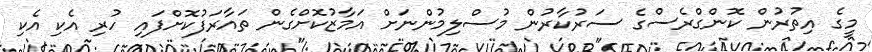
މީގެ އިތުރުން ކޮންގްރެސްގެ ސަރުކާރުން މުސްލިމުންނަށް އަމާޒުކޮށްގެން ތައާރަފުކޮށްފައި ހުރި އެކި އެކި